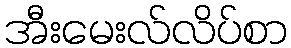
အီးမေးလ်လိပ်စာ